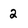
Character: 2